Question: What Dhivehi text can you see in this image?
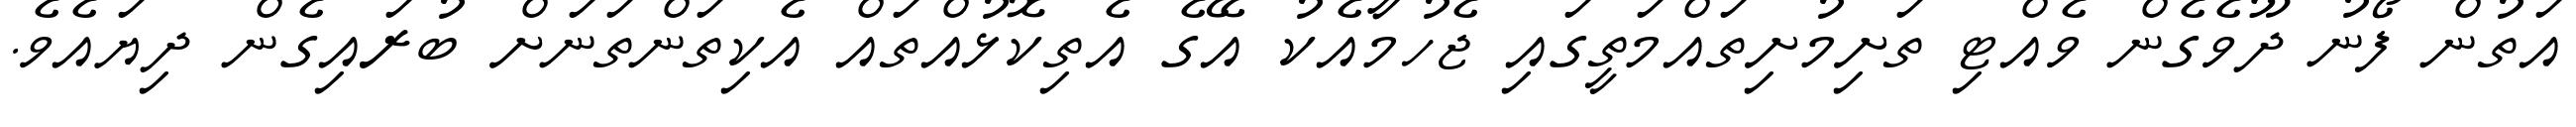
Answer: އަތުން ފޯނު ދޫވެގެން ވެއްޓި ތަށިމުށިތައްމަތީގައި ޖެހުމާއެކު އޭގެ އެތިކޮޅުއްތައް އެކިތަންތަނަށް ބުރައިގެން ދިޔައެވެ.